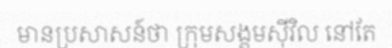
មានប្រសាសន៍ថា ក្រុមសង្គមស៊ីវិល នៅតែ